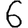
Digit: 6